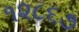
૧૨૮૬૭